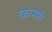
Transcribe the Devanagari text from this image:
कास्‍मी